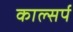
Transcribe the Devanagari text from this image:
काल्सर्प